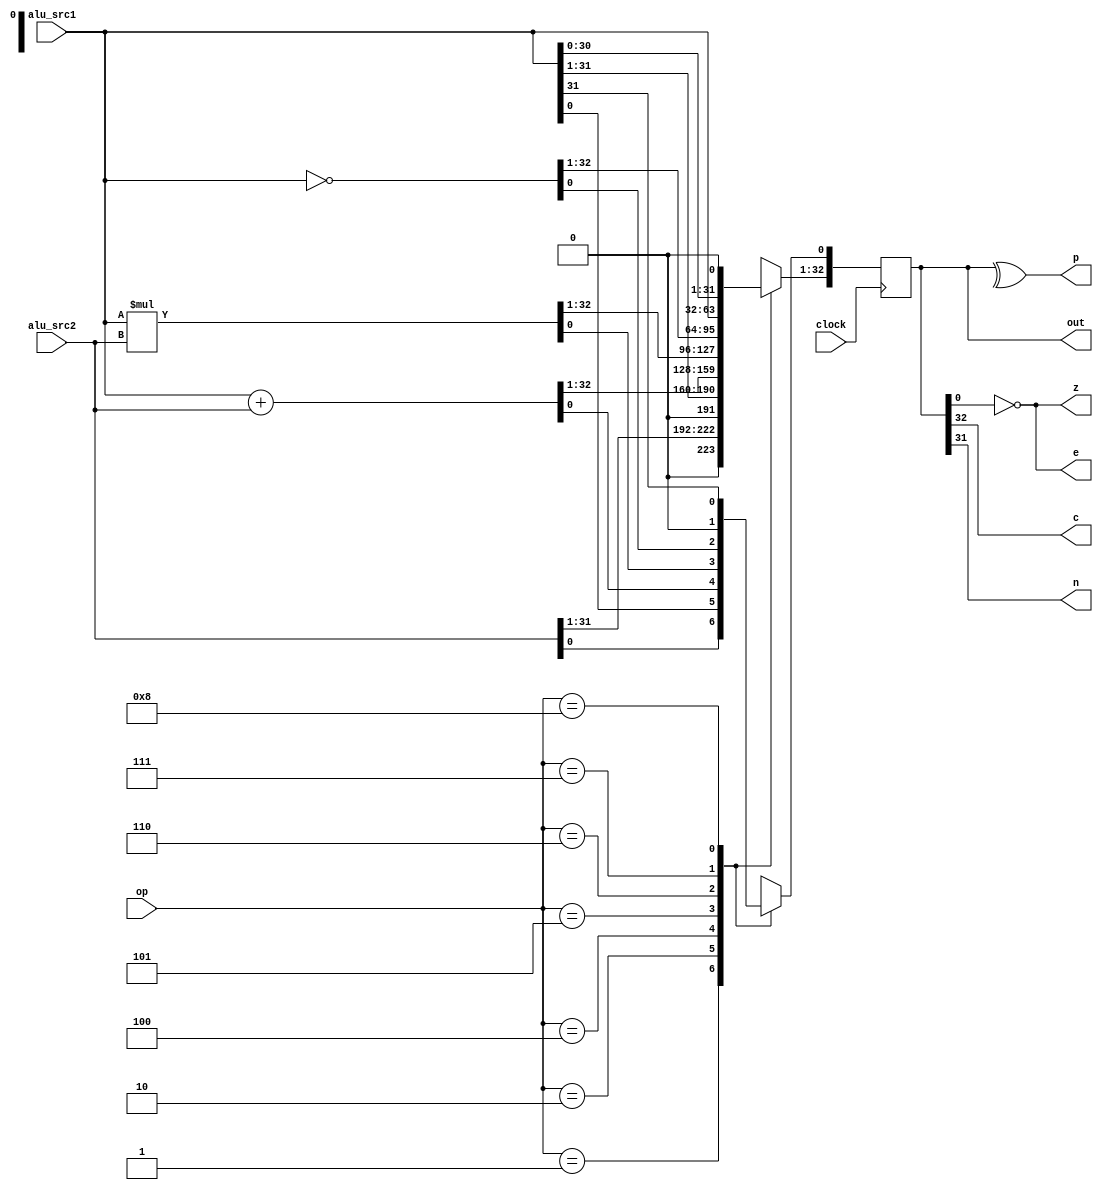
module alu(clock, alu_src1, alu_src2, op, out, c, e, p, z, n);
parameter bits = 32;
parameter ops = 4;
parameter bra   = 4'b0001,
		  ld    = 4'b0010,
		  add	= 4'b0100,
		  mul	= 4'b0101,
		  cmp	= 4'b0110,
		  shl	= 4'b0111,
		  rol	= 4'b1000;
		  
input	clock;
input 	[bits-1:0] alu_src1,alu_src2;
input	[ops-1:0] op;
output	[bits:0] out;		  
output c;
output e;
output p;
output z;
output n;

reg[bits:0] alu;

	assign c = alu[bits];
	assign e = ~alu[0];
	assign p = ^alu;
	assign z = ~alu;
	assign n = alu[bits-1];
	assign out = alu;
	
	always@(posedge clock)begin
		case(op)
			bra:
				alu<=alu_src2;
			ld:
				alu<=alu_src1;
			add:
				alu<=alu_src1+alu_src2;
			mul:
				alu<=alu_src1*alu_src2;
			cmp:
				alu<=~alu_src1;
			shl:
				alu<=alu_src1<<1;
			rol:begin
				alu[bits:1]<=alu_src1<<1;
				alu[0]<=alu_src1[bits-1];
			end
			default:
					alu<={bits{1'bx}};
	endcase
end
endmodule